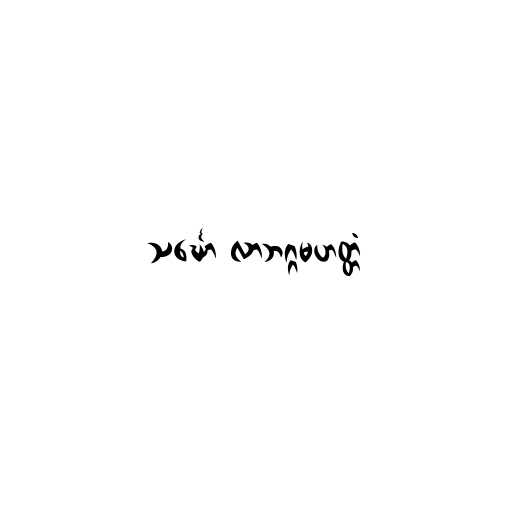
သင်္ဃော လာဘဂ္ဂမဟတ္တံ